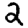
Digit: 2